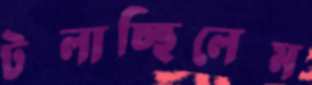
টলাচ্ছিলেম